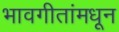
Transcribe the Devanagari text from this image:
भावगीतांमधून